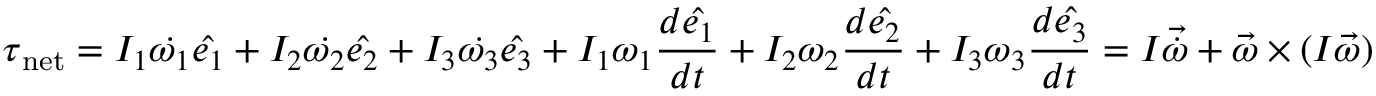
{ \boldsymbol { \tau } } _ { \mathrm { n e t } } = I _ { 1 } { \dot { \omega _ { 1 } } } { \hat { \boldsymbol { e _ { 1 } } } } + I _ { 2 } { \dot { \omega _ { 2 } } } { \hat { \boldsymbol { e _ { 2 } } } } + I _ { 3 } { \dot { \omega _ { 3 } } } { \hat { \boldsymbol { e _ { 3 } } } } + I _ { 1 } \omega _ { 1 } { \frac { d { \hat { \boldsymbol { e _ { 1 } } } } } { d t } } + I _ { 2 } \omega _ { 2 } { \frac { d { \hat { \boldsymbol { e _ { 2 } } } } } { d t } } + I _ { 3 } \omega _ { 3 } { \frac { d { \hat { \boldsymbol { e _ { 3 } } } } } { d t } } = I { \boldsymbol { \vec { \dot { \omega } } } } + { \boldsymbol { \vec { \omega } } } \times ( I { \boldsymbol { \vec { \omega } } } )